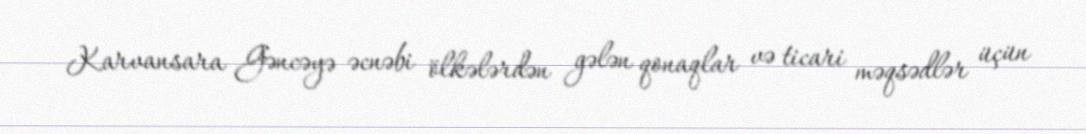
Karvansara Gəncəyə əcnəbi ölkələrdən gələn qonaqlar və ticari məqsədlər üçün